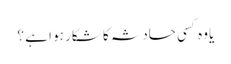
یا وہ کسی حادثہ کا شکار ہو ا ہے ؟